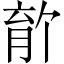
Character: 𫆡